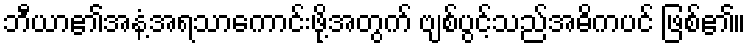
ဘီယာ၏အနံ့အရသာကောင်းဖို့အတွက် ဗျစ်ပွင့်သည်အဓိကပင် ဖြစ်၏။